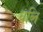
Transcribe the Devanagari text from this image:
धव्नि